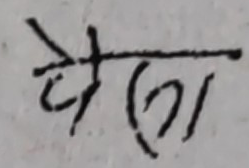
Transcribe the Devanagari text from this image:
चैत